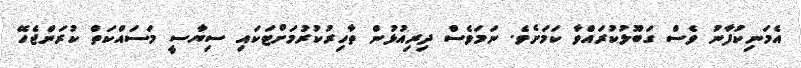
އެމަނިކުފާނު ވެސް ގަބޫލުކުރައްވާ ކަމަށެެވެ. ނަމަވެސް ދިރިއުޅުން ތާހިރުކުރުމަށްޓަަކަައި ސިޔާސީ މަސައްކަތް ކުރަންޖެހޭ